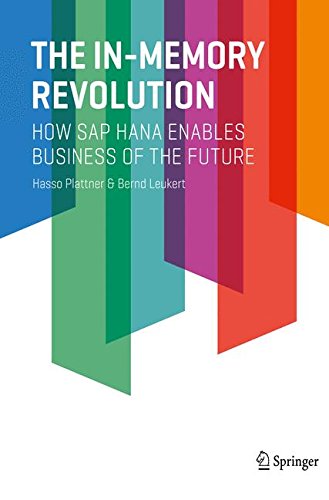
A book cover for The In-Memory Revolution: How SAP HANA Enables Business of the Future; Hasso Plattner; Computers & Technology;